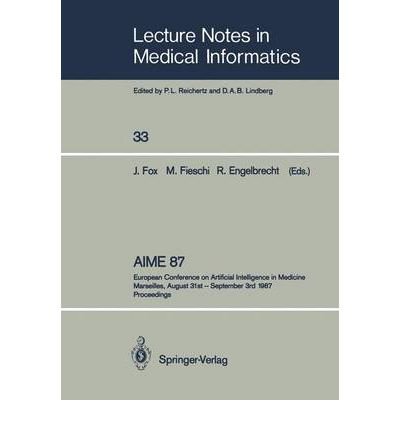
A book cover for Aime 87 (Lecture Notes in Medical Informatics); J. Fox; Medical Books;